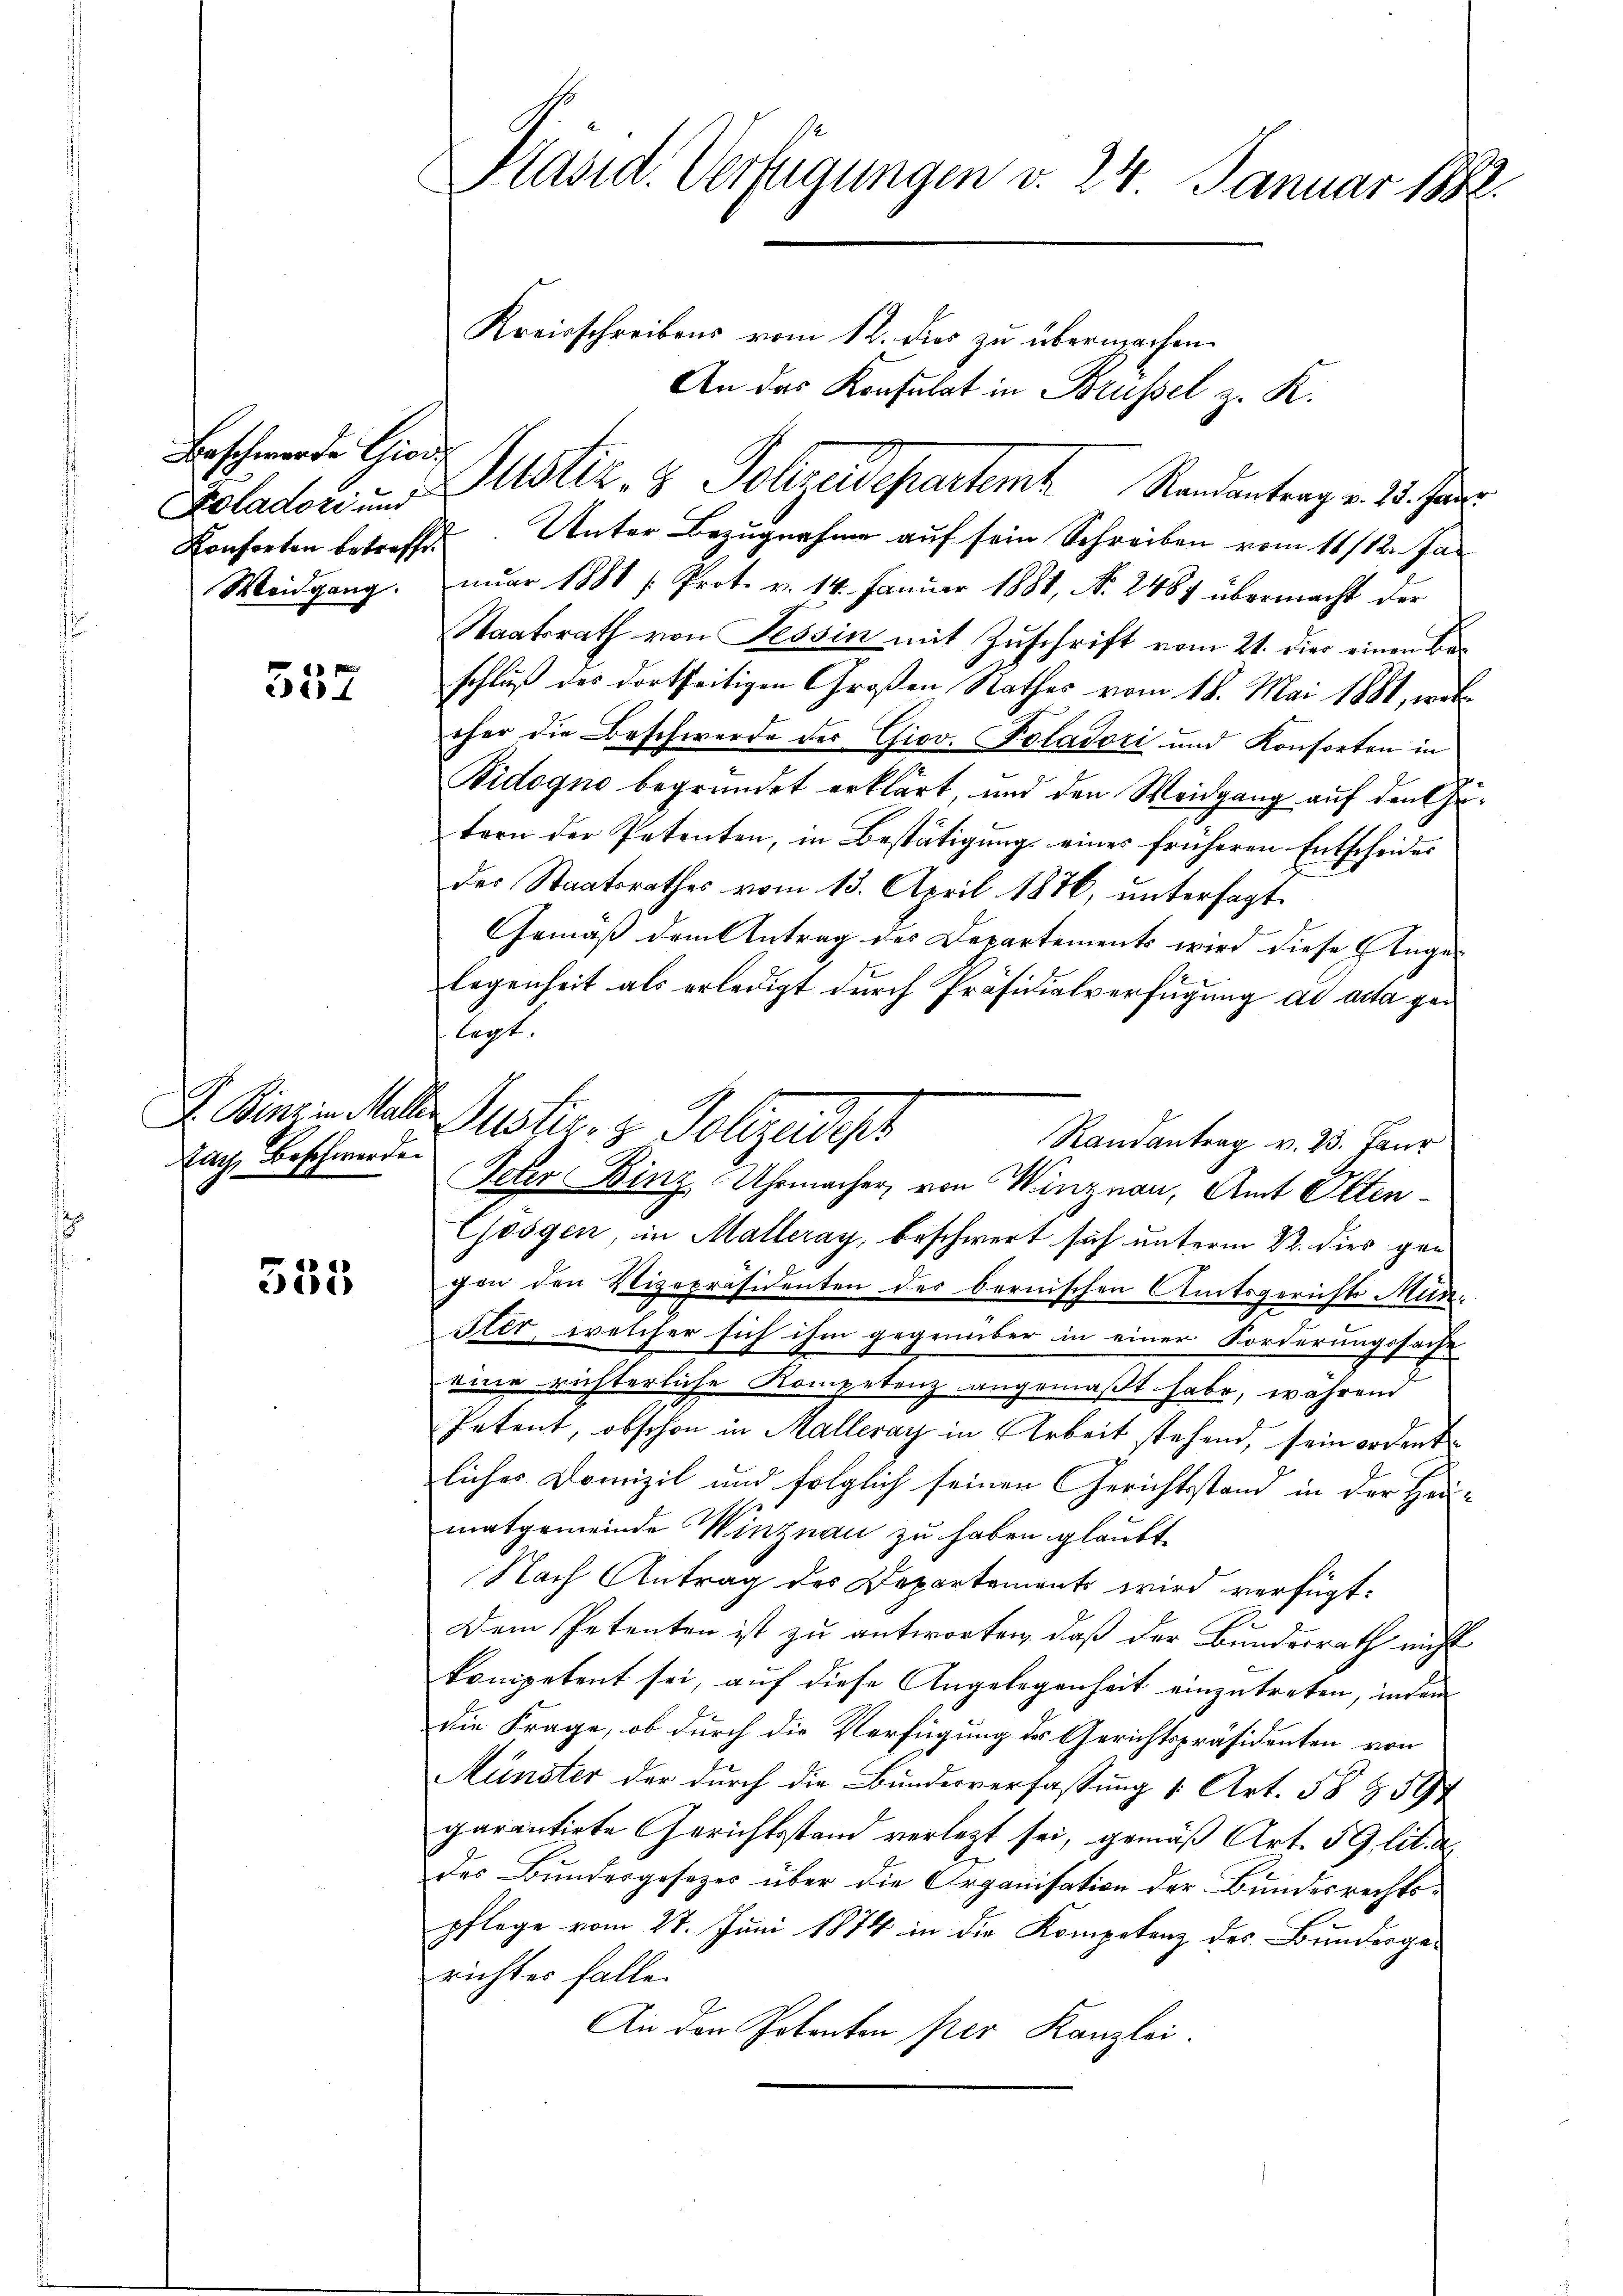
Beschwerde Giod
Koladori und

552

ach, Beschwerde.

555

Präsid. Verfügungen v. 24. Januar 1882.

Kreisschreibens vom 12. dies zu übermachen.
An das Konsulat in Brüssel z. K.
Konforten betreffen. Unter Bezugnahme auf sein Schreiben vom 11/12. Ja¬
Weidgang. nŭar 1881 /: Prot. v. 14. Januar 1881, Nr. 2487 übermacht der
Staatsrath von Tessin mit Zuschrift vom 21. dies einen Beschluß des dortseitigen Großen Rathes vom 18. Mai 1881, welcher die Beschwerde der Giov. Polatori und Konforten in
Bidogno begründet erklärt, und den Weidgang auf den Getern der Petenten, in Bestätigung eines früheren Entscheides
der Staatsrathes vom 13. April 1876, untersagt.
Gemäß dem Antrag des Departements wird diese Anges
legenheit als erledigt durch Präsidialverfügung ad acta gen
legt.
Randantrag v. 23. Jaur
Idter Binz Uhrmacher, von Winznau, Amt Otten¬
Gösgen, in Malleray, beschwert sich unterm 22. dies gen
von den Vizepräsidenten des bernischen Amtsgerichts Munster, welcher sich ihm gegenüber in einer Forderungssache
eine richterliche Kompetenz angemaßt habe, während
Petent, obschon in Malleray in Arbeit stehend, sein ordent
liches Domizil und folglich seinen Gerichtstand in der Heimatgemeinde Winznau zu haben glaubt
Nach Antrag des Departements wird verfügt:
Dem Petenten ist zu antworten, daß der Bundesrath nicht
kompetent sei, auf diese Angelegenheit einzutreten, indem
die Frage, ob durch die Verfügung des Gerichtspräsidenten von
Münster der durch die Bunderverfassung 1. Art. 58 § 597
garantirte Gerichtsstand verlegt sei, gemäß Art. 59 lit.
des Bundesgesezes über die Organisation der Bundesrechtspflege vom 27. Juni 1874 in die Kompetenz des Bundesgerichter falle.
An den Potenten per Kanzlei.

Justiz- & Polizeidepartem Randantrag v. 23. Fer

F. Dingen Mater Justiz- & Polizeidesh